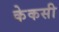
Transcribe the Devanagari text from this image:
केकसी